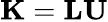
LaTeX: \mathbf{K}=\mathbf{LU}